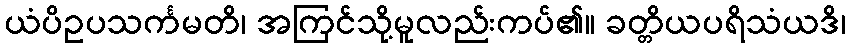
ယံပိဥပသင်္ကမတိ၊ အကြင်သို့မူလည်းကပ်၏။ ခတ္တိယပရိသံယဒိ၊